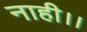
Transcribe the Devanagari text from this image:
नाही।।